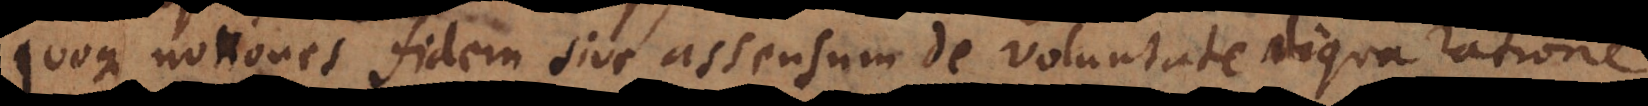
quoque notiones fidem sive assensum de voluntate aliqua ratione